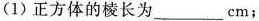
(1) 正方体的棱长为___cm；